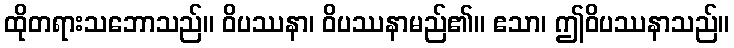
ထိုတရားသဘောသည်။ ဝိပဿနာ၊ ဝိပဿနာမည်၏။ ဧသာ၊ ဤဝိပဿနာသည်။